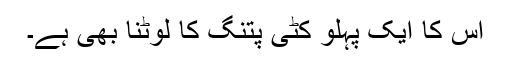
اس کا ایک پہلو کٹی پتنگ کا لوٹنا بھی ہے۔